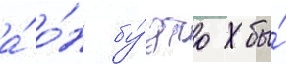
а́ о́н бу́дто бы́